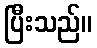
ပြီးသည်။